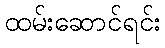
ထမ်းဆောင်ရင်း